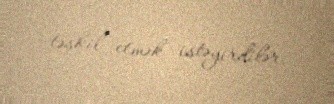
təşkil etmək istəyirdilər.